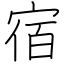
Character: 宿